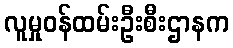
လူမှုဝန်ထမ်းဦးစီးဌာနက